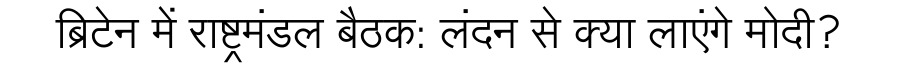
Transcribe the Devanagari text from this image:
ब्रिटेन में राष्ट्रमंडल बैठक: लंदन से क्या लाएंगे मोदी?